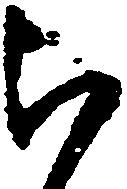
被